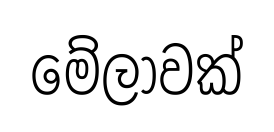
මේලාවක්